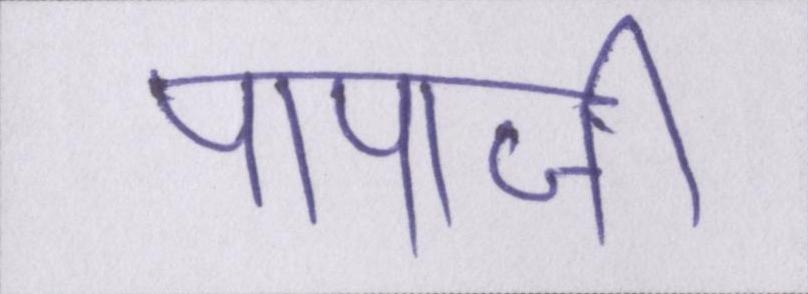
पापाजी